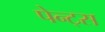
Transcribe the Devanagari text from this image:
पेन्ट्स